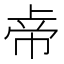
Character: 𱜦